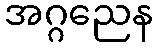
အဂ္ဂညေန